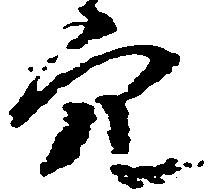
穴